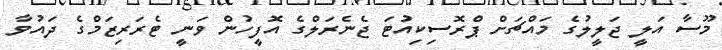
މޫސާ އަލީ ޖަލީލުގެ މައްޗަށް ޕްރޮސިކިއުޓަ ޖެނެރަލްގެ އޮފީހުން ވަނީ ޓެރަރިޒަމްގެ ދައުވާ